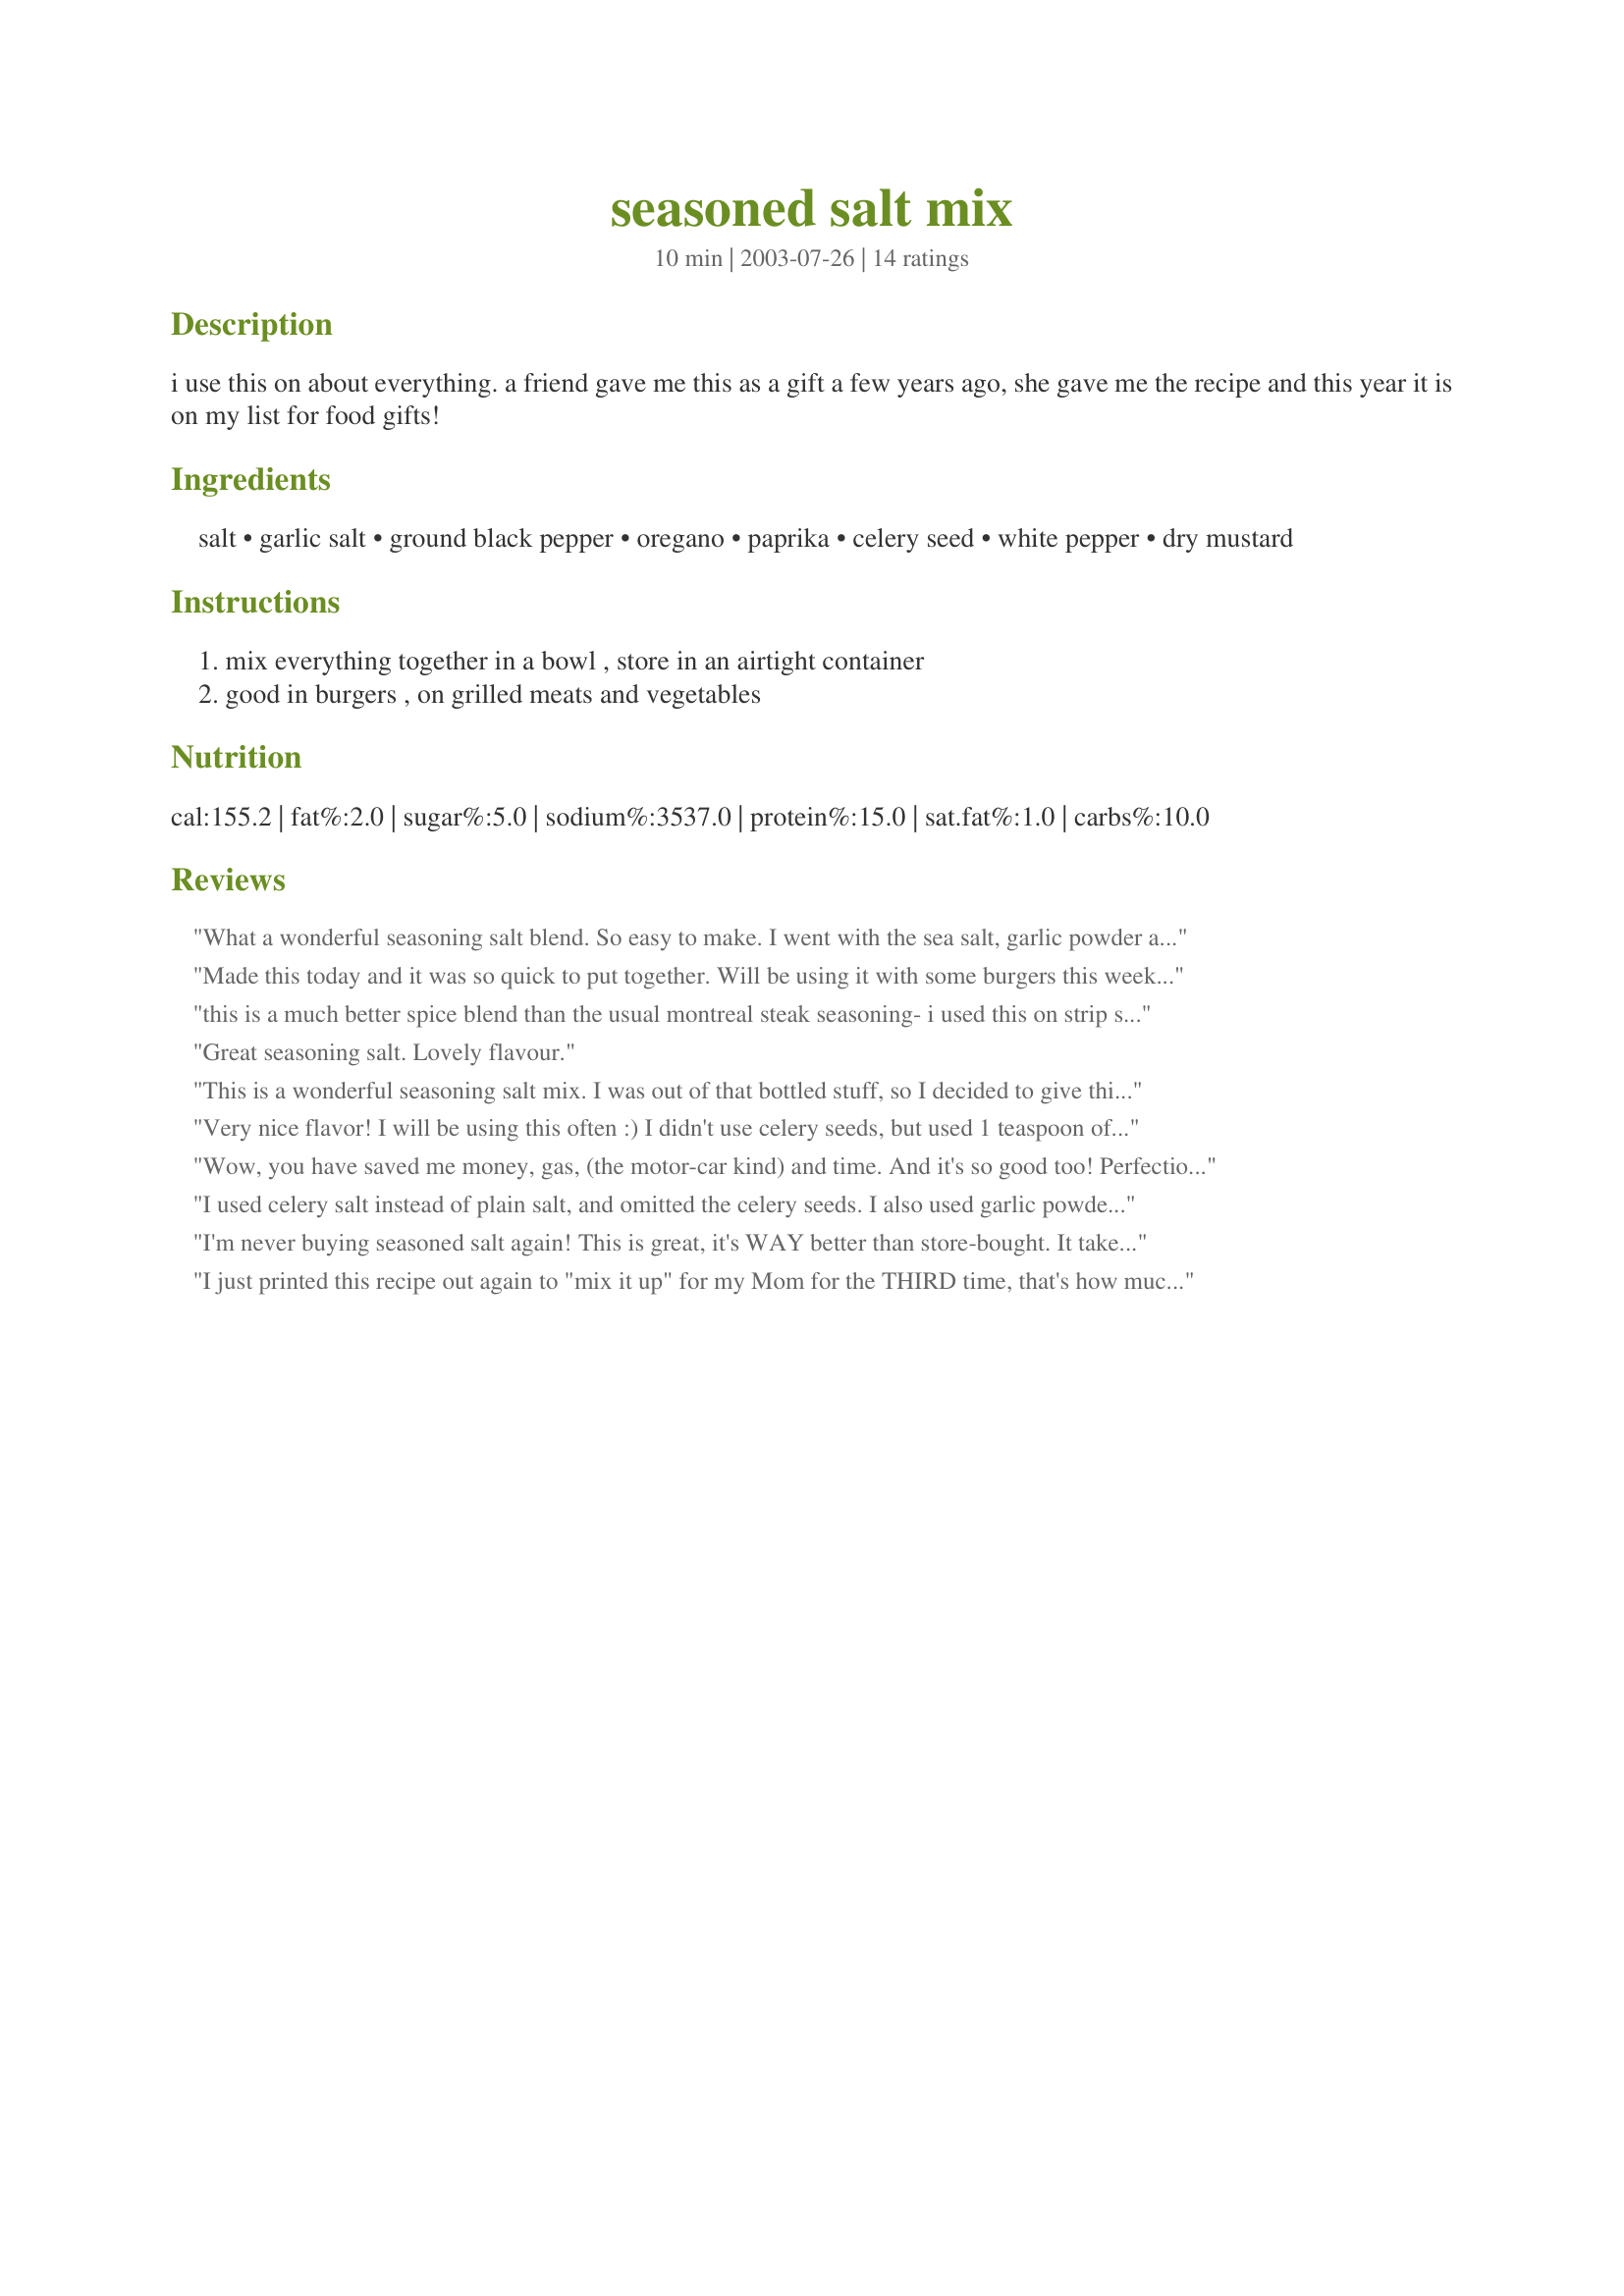
seasoned salt mix
Preparation time: 10 minutes

i use this on about everything. a friend gave me this as a gift a few years ago, she gave me the recipe and this year it is on my list for food gifts!

Ingredients:
salt, garlic salt, ground black pepper, oregano, paprika, celery seed, white pepper, dry mustard

Steps:
mix everything together in a bowl , store in an airtight container, good in burgers , on grilled meats and vegetables

Reviews:
What a wonderful seasoning salt blend. So easy to make. I went with the sea salt, garlic powder and freshly ground pepper in the making. I found this seasoning salt mix to be far superior to any Ive used. Homemade blends are the way to go!
Made this today and it was so quick to put together. Will be using it with some burgers this week when my Daughter gets home from weekend. For the paprika I used half sweet and half smoked hot paprika. I will come back and give my review on how it tastes. Can't wait to try. Thanks for sharing Pets. Made for Cookathon for Pets'R'us.
Update:.. Those burgers were fantastic and I used it tonight on my steaks and it added such a nice yummy flavor. So glad I made this.
this is a much better spice blend than the usual montreal steak seasoning- i used this on strip steaks on the grill last night, very tasty. i used sea salt and freshly ground peppers, garlic powder instead of garlic salt. put it in a pretty 1/2 pint jar
Great seasoning salt. Lovely flavour.
This is a wonderful seasoning salt mix. I was out of that bottled stuff, so I decided to give this a try. I also used garlic powder in place of garlic salt. This is actually better than that expensive bottled store-bought kind! I will keep this on hand all the times from now on. Thanks so much for sharing Pets!....Kittencal :)
Very nice flavor! I will be using this often :) I didn't use celery seeds, but used 1 teaspoon of celery salt. (I might try 2 teaspoons next time) I reduced the salt to 1/2 cup sea salt. I didn't add white pepper because I didn't have any. I think this recipe is probably &quot;kid friendly.&quot; It adds a great flavor to a variety of foods, but does not have a HUGE flavor of a strong spice that might be &quot;too much&quot; for some people. I made some and gave it to my adult son who loves to cook, and he called me saying he likes it very much!
Wow, you have saved me money, gas, (the motor-car kind) and time. And it's so good too! Perfection, and a wonderful, wonderful, gift-giving treat too. So easy to put together, and I never knew (when buying Lawley's) it was that easy to make, or else I would of done this years ago. I put mine in my coffee grinder and buzzed it for about 10 seconds. Oh perfect! Made for you, Pets! L I V E S T R O N G ! May 2010
I used celery salt instead of plain salt, and omitted the celery seeds. I also used garlic powder instead of garlic salt. I like this much better than commercial kinds! It's great to add to pasta water in place of regular salt. Thanks for posting!
I'm never buying seasoned salt again! This is great, it's WAY better than store-bought. It takes just minutes to mix together and easy to store in a used, cleaned spice bottle. We had this on hot dogs for our lunch today and it was very good. Thanks PetsRus for saving me lots of money on store-bought seasoned salt!
I just printed this recipe out again to "mix it up" for my Mom for the THIRD time, that's how much we enjoy it! When I realized I never rated it I was suprised at myself, so, better late than never...great recipe!!
Dido to the review by Hey Jude. I needed season salt for a recipe I was making for supper and this added the right flavor. Thanks so much for posting.
This was a very good mix,my husband made big thick burgers on the grill,and we used this mix,and it was very good tasting.Thank you,Darlene
Used this for recipe#111514. Used garlic powder instead of gs, all black pepper (didn't have white) and no celery seed (didn't have any). May use a little less salt next time. Thanks for a great seasoned salt mix!
This is a great substitute for my usual brand. Thanks for the recipe!
